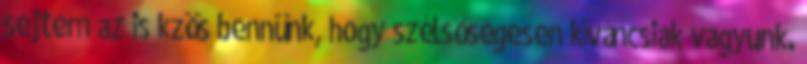
sejtem az is kzös bennünk, hogy szélsőségesen kíváncsiak vagyunk.